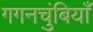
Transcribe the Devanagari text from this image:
गगनचुंबियाँ